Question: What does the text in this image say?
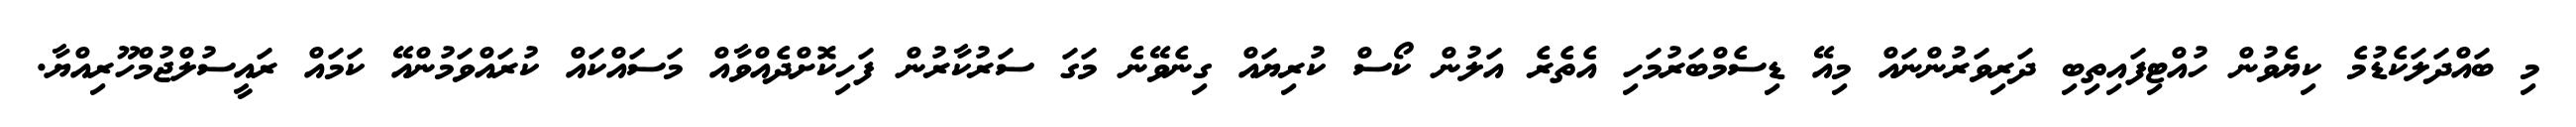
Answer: މި ބައްދަލަކެޑުމެ ކިޔެވުން ހުއްޓިފައިތިބި ދަރިވަރުންނައް މިއޭ ޑިސެމްބަރުމަހި އެތެރެ އަލުން ކޯސް ކުރިޔައް ގިނެވޭނެ މަގަ ސަރުކާރުން ފަހިކޮށްދެއްވާއް މަސައްކައް ކުރައްވަމުންއޭ ކަމައް ރައީސުލްޖުމްހޫރިއްޔާ.